Report on sanitation, dispensaries, and jails in Rajputana for 1918, and on vaccination for the year 1918-1919 - 1918-1919
Year: 1918
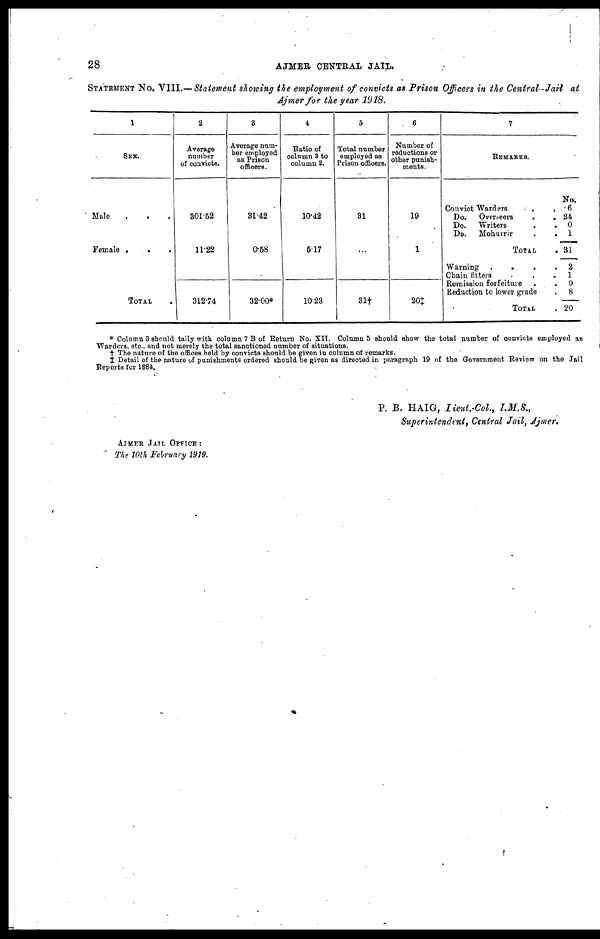
28
AJMER CENTRAL JAIL.
STATEMENT No. VIII.— Statement showing the employment of convicts as Prison Officers in the Central Jail at
Ajmer for the year 1918.
1
SEX.
Male
...
Female
...
TOTAL .
2
Average
number
of convicts.
301.52
11.22
312.74
3
Average num-
ber employed
as Prison
officers.
31.42
0.58
32.00*
4
Ratio of
column 3 to
column 2.
10.42
5.17
10.23
5
Total number
employed as
Prison officers.
31
...
31†
6
Number of
reductions or
other punish-
ments.
19
1
20‡
7
REMARKS.
Convict Warders
..
Do.
Overseers
..
Do.
Writers
..
Do.
Mohurrir
.
.
TOTAL
.
Warning
....
Chain fitters ...
Remission forfeiture ..
Reduction to lower grade
TOTAL .
No.
6
24
0
1
31
2
1
9
8
20
* Column 3 should tally with column 7 B of Return No. XII. Column 5 should show the total number of convicts employed as
Warders, etc., and not merely the total sanctioned number of situations.
† The nature of the offices held by convicts should be given in column of remarks.
‡ Detail of the nature of punishments ordered should be given as directed in paragraph 19 of the Government Review on the Jail
Reports for 1884.
AJMER JAIL OFFICE :
The 10th February 1919.
P. B. HAIG, Lieut.-Col,
I.M.S.,
Superintendent, Central Jail, Ajmer.